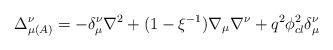
LaTeX: \begin{align*}\Delta _{\mu \left( A\right) }^{\nu }=-\delta _{\mu }^{\nu }\nabla^{2}+(1-\xi ^{-1})\nabla _{\mu }\nabla ^{\nu }+q^{2}\phi _{cl}^{2}\delta_{\mu }^{\nu }\end{align*}